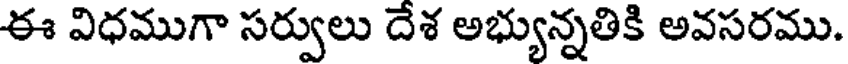
ఈ విధముగా సర్వులు దేశ అభ్యున్నతికి అవసరము.